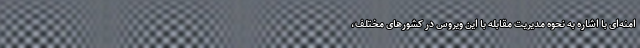
امنه‌ای با اشاره به نحوه مدیریت مقابله با این ویروس در کشورهای مختلف،